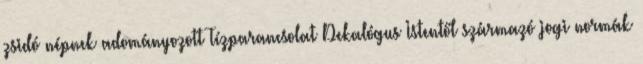
zsidó népnek adományozott Tízparancsolat Dekalógus Istentől származó jogi normák